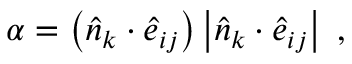
\alpha = \left( \hat { n } _ { k } \cdot \hat { e } _ { i j } \right) \left| \hat { n } _ { k } \cdot \hat { e } _ { i j } \right| \mathrm { ~ , ~ }